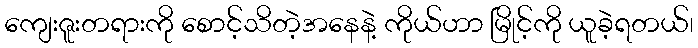
ကျေးဇူးတရားကို စောင့်သိတဲ့အနေနဲ့ ကိုယ်ဟာ မြိုင့်ကို ယူခဲ့ရတယ်၊